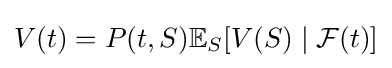
V(t)=P(t,S)\mathbb {E} _{S}[V(S)\mid {\mathcal {F}}(t)]